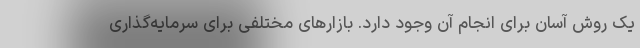
یک روش آسان برای انجام آن وجود دارد. بازارهای مختلفی برای سرمایه‌گذاری